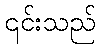
၎င်းသည်